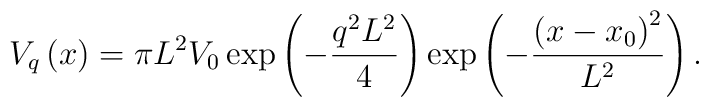
V_q\left( x\right) =\pi L^2V_0\exp \left( -\frac{q^2L^2}4\right) \exp \left(-\frac{\left( x-x_0\right) ^2}{L^2}\right) .